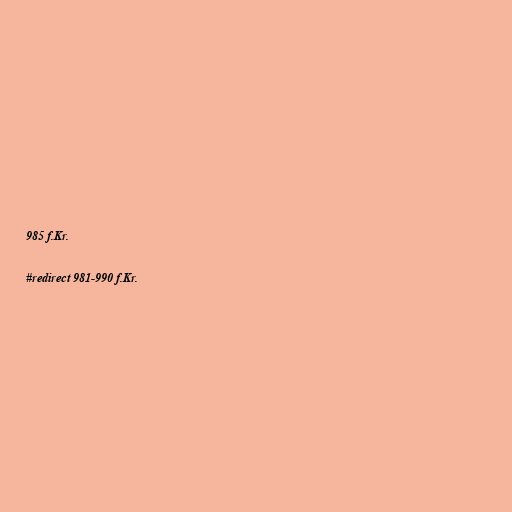
985 f.Kr.

#redirect 981-990 f.Kr.